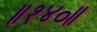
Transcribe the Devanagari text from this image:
॥१४०॥